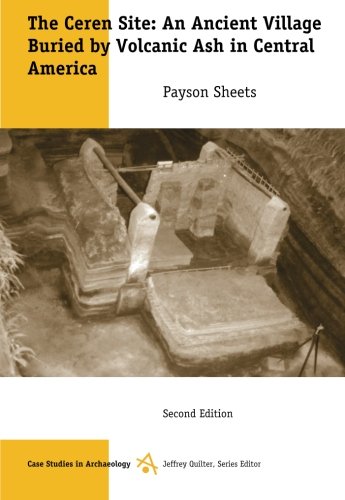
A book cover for The Ceren Site: An Ancient Village Buried by Volcanic Ash in Central America (Case Studies in Archaeology); Payson D. Sheets; History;